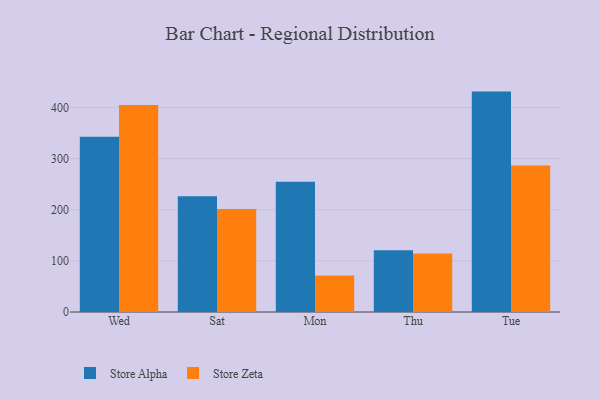
{"axis": {"x": "Day", "y": "Population (Million)"}, "legend": ["Store Alpha", "Store Zeta"], "data": [{"x": "Wed", "y": 343.1, "type": "Store Alpha"}, {"x": "Wed", "y": 405.2, "type": "Store Zeta"}, {"x": "Sat", "y": 226.6, "type": "Store Alpha"}, {"x": "Sat", "y": 201.5, "type": "Store Zeta"}, {"x": "Mon", "y": 254.7, "type": "Store Alpha"}, {"x": "Mon", "y": 71.5, "type": "Store Zeta"}, {"x": "Thu", "y": 120.6, "type": "Store Alpha"}, {"x": "Thu", "y": 114.5, "type": "Store Zeta"}, {"x": "Tue", "y": 431.2, "type": "Store Alpha"}, {"x": "Tue", "y": 286.5, "type": "Store Zeta"}]}